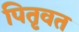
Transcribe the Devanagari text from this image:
पितृवत